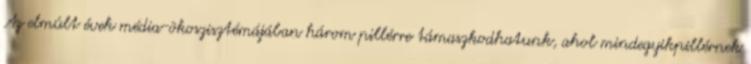
Az elmúlt évek média-ökoszisztémájában három pillérre támaszkodhatunk, ahol mindegyikpillérnek